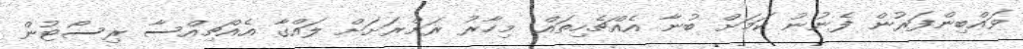
ވައްބިންފަރުން ފެނުނު ކަމަށް ބުނާ އެއްޗެހިތައް: މިހާރު ރަށްރަށަށް ލައްގާ އެއްޗިއްސާ ރިސޯޓުން